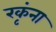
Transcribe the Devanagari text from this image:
रकृंना